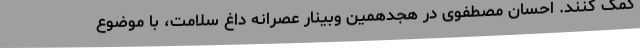
کمک کنند. احسان مصطفوی در هجدهمین وبینار عصرانه داغ سلامت، با موضوع